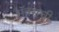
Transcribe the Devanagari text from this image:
सॅक्सची